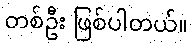
တစ်ဦး ဖြစ်ပါတယ်။